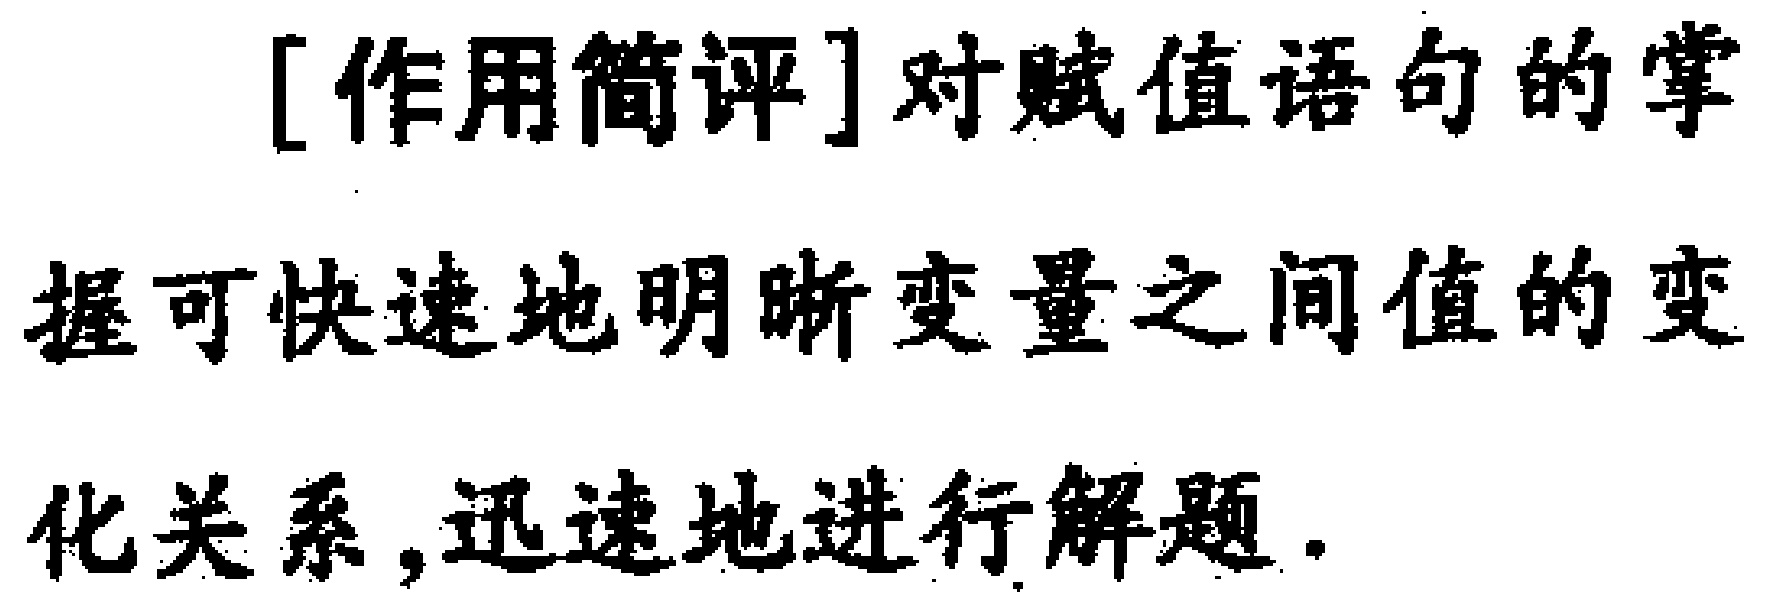
[作用简评]对赋值语句的掌
握可快速地明晰变量之间值的变
化关系,迅速地进行解题.